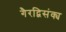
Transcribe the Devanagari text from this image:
गैरद्विसंक्य